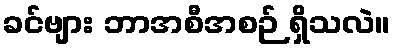
ခင်ဗျား ဘာအစီအစဉ် ရှိသလဲ။